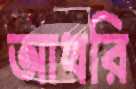
আখরি